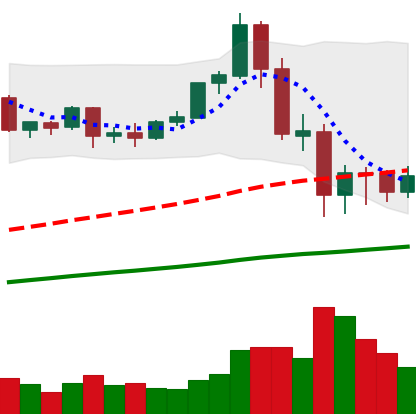
Ticker: ETH-USD
Chart end date: 2020-09-09
Forward return: 7.45%
Label: up_7plus